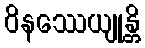
ဝိနဿေယျုန္တိ